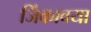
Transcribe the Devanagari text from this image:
जिंकावया